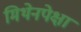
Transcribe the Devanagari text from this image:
मिथेनपेक्षा